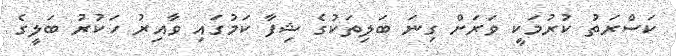
ކަސްރަތު ކުރުމަކީ ވަރަށް ގިނަ ބަލިތަކުގެ ޝިފާ ކަމުގައި ވާއިރު ހަކުރު ބަލީގެ